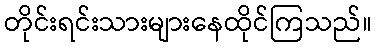
တိုင်းရင်းသားများနေထိုင်ကြသည်။